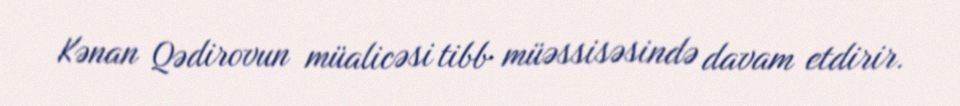
Kənan Qədirovun müalicəsi tibb müəssisəsində davam etdirir.